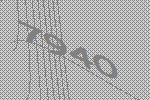
7940